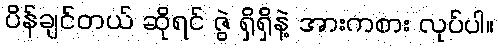
ပိန်ချင်တယ် ဆိုရင် ဇွဲ ရှိရှိနဲ့ အားကစား လုပ်ပါ။